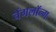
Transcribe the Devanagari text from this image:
चेंगलॉन्ग